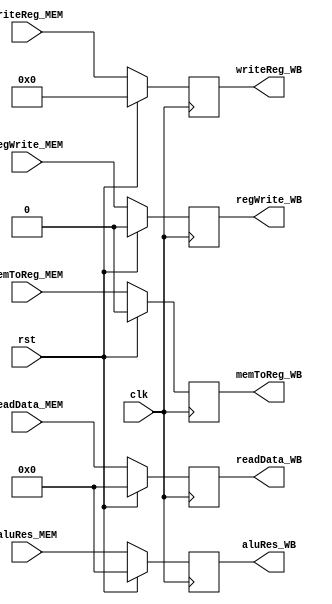
// This is the MEM/WB pipeline register
module MEM_WB_reg
(
    clk,
    rst,
    readData_MEM,
    readData_WB,
    aluRes_MEM,
    aluRes_WB,
    writeReg_MEM,
    writeReg_WB,
    regWrite_MEM,
    regWrite_WB,
    memToReg_MEM,
    memToReg_WB,
);

    input clk, rst, regWrite_MEM, memToReg_MEM;
    input [31:0] readData_MEM, aluRes_MEM;
    input [4:0] writeReg_MEM;
    output reg [31:0] readData_WB, aluRes_WB;
    output reg [4:0] writeReg_WB;
    output reg regWrite_WB, memToReg_WB;

    always @(posedge clk)
    begin
        if(rst)
        begin
            readData_WB <= 32'd0;
            aluRes_WB <= 32'd0;
            writeReg_WB <= 5'd0;
            regWrite_WB <= 1'b0;
            memToReg_WB <= 1'b0;
        end
        else
        begin
            readData_WB <= readData_MEM;
            aluRes_WB <= aluRes_MEM;
            writeReg_WB <= writeReg_MEM;
            regWrite_WB <= regWrite_MEM;
            memToReg_WB <= memToReg_MEM;
        end
    end

endmodule